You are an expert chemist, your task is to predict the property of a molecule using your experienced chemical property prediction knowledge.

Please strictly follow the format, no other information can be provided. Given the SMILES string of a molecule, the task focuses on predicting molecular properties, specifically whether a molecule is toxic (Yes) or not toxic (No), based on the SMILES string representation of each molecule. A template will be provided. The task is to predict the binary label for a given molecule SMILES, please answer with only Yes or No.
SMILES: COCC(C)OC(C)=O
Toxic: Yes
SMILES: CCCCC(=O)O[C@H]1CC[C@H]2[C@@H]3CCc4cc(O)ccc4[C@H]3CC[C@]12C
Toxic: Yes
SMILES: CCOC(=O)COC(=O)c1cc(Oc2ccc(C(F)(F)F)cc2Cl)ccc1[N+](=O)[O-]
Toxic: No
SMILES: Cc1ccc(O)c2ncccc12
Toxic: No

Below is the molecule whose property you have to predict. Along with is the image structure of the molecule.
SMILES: OCCN1CCN(CC/C=C2/c3ccccc3Sc3ccc(C(F)(F)F)cc32)CC1
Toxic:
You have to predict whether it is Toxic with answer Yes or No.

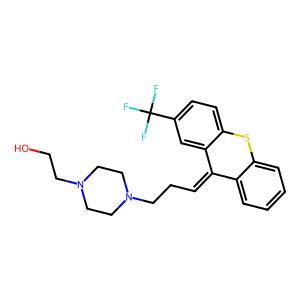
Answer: No